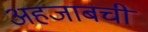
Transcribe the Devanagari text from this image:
अहजाबची